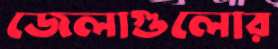
জেলাগুলোর